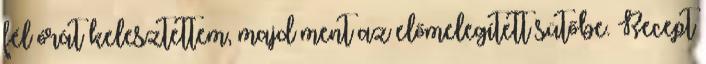
fél órát kelesztettem, majd ment az előmelegített sütőbe. Recept